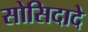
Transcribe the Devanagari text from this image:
सोसिदादे